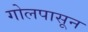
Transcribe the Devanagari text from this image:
गोलपासून